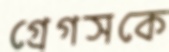
গ্রেগসকে